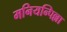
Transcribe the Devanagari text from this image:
मनियन्पिल्ला